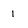
Character: 1